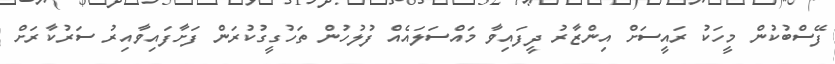
ފޭސްބުކުން މީހަކު ރައީސަށް އިންޒާރު ދީފައިވާ މައްސަލައެއް ފުލުހުން ތަހުގީގުކުރަން ފަށާފައިވާއިރު ސަރުކާރަށް